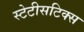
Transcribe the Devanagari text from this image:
स्टेटीसटिक्स